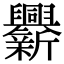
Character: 𨑁